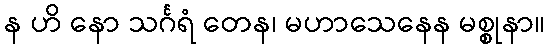
န ဟိ နော သင်္ဂရံ တေန၊ မဟာသေနေန မစ္စုနာ။